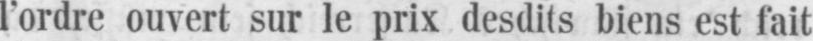
l’ordre ouvert sur le prix desdits biens est fait